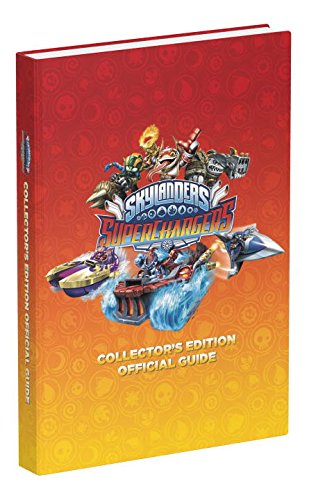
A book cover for Skylanders SuperChargers Official Strategy Guide; Prima Games; Humor & Entertainment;